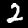
Digit: 2